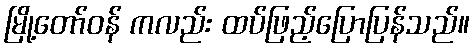
မြို့တော်ဝန် ကလည်း ထပ်ဖြည့်ပြောပြန်သည်။